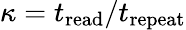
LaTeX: \kappa=t_{\mathrm{read}}/t_{\mathrm{repeat}}